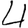
Digit: 4